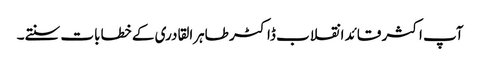
آپ اکثر قائد انقلاب ڈاکٹر طاہرالقادری کے خطابات سنتے۔